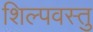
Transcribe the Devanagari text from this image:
शिल्पवस्तु